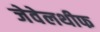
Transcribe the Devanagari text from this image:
जेवेलथीफ